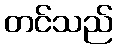
တင်သည်